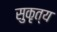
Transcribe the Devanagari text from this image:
सुकृत्य